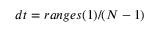
d t = r a n g e s ( 1 ) / ( N - 1 )